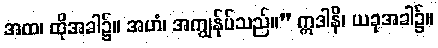
အထ၊ ထိုအခါ၌။ အဟံ၊ အကျွန်ုပ်သည်။” ဣဒါနိ၊ ယခုအခါ၌။